Medical and sanitary report of the native army of Madras for the year
Year: 1872
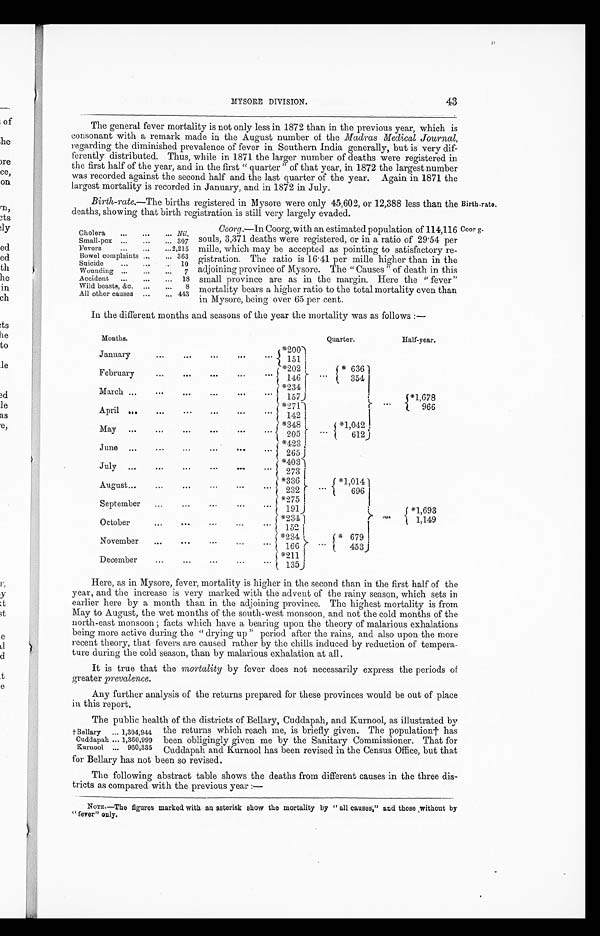
43
MYSORE DI VI SI ON.
The general fever mortality is not only less in 1872 than in the previous year, which is
consonant with a remark made in the August number of the Madras Medical Journal,
regarding the diminished prevalence of fever in Southern India generally, but is very dif-
ferently distributed. Thus, while in 1871 the larger number of deaths were registered in
the first half of the year, and in the first " quarter " of that year, in 1872 the largest number
was recorded against the second half and the last quarter of the year. Again in 1871 the
largest mortality is recorded in January, and in 1872 in July.
Birth-rate.—The births registered in Mysore were only 45,602, or 12,388 less than the Birth-rate.
deaths, showing that birth registration is still very largely evaded.
Cholera
Nil.
Small-pox
307
Fevers
2,215
Bowel complaints
363
Suicide
10
Wounding
7
Accident
18
Wild beasts, &e.
8
All other causes
443
Coorg .—In Coorg, with an estimated population of 114,116 Coor
souls, 3,371 deaths were registered, or in a ratio of 29.54 per
mille, which may be accepted as pointing to satisfactory re-
gistration. The ratio is 16.41 per mille higher than in the
adjoining province of Mysore. The " Causes " of death in this
small province are as in the margin. Here the "fever"
mortality bears a higher ratio to the total mortality even than
in Mysore, being over 65 per cent.
In the different months and seasons of the year the mortality was as follows :—
Months.
Quarter.
Half-year.
January
*200
151
February
*202
* 636
146
354
March
*234
1 5 7
*1,678
April
*271
966
142
May
*348
*1,042
205
612
June
*423
265
July
4 0 3
273
August
* 3 3 6
*1,014
232
696
September
*275
191
* 1 , 6 9 3
October
*234
1,149
152
November
*234
* 679
166
453
December
*211
135
Here, as in Mysore, fever, mortality is higher in the second than in the first half of the
year, and the increase is very marked with the advent of the rainy season, which sets in
earlier here by a month than in the adjoining province. The highest mortality is from
May to August, the wet months of the south-west monsoon, and not the cold months of the
north-east monsoon ; facts which have a bearing upon the theory of malarious exhalations
being more active during the " drying up " period after the rains, and also upon the more
recent theory, that fevers are caused rather by the chills induced by reduction of tempera-
ture during the cold season, than by malarious exhalation at all.
It is true that the mortality by fever does not necessarily express the periods of
greater prevalence.
Any further analysis of the returns prepared for these provinces would be out of place
in this report.
The public health of the districts of Bellary, Cuddapah, and Kurnool, as illustrated by
the returns which reach me, is briefly given. The population† has
been obligingly given me by the Sanitary Commissioner. That for
Cuddapah and Kurnool has been revised in the Census Office, but that
for Bellary has not been so revised.
The following abstract table shows the deaths from different causes in the three dis-
tricts as compared with the previous year :—
NOTE.—The figures marked with an asterisk show the mortality by " all causes," and those ,without by
" foyer" only.
† Bellary
1,304,944
Cuddapah 1,360,999
Kurnool
960,335